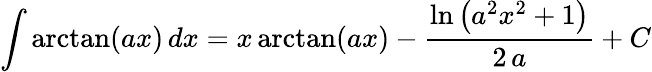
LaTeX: \int\arctan(ax)\, dx=x\arctan(ax)-{\frac{\ln\left(a^{2}x^{2}+1\right)}{2\, a}}+C